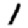
Digit: 1